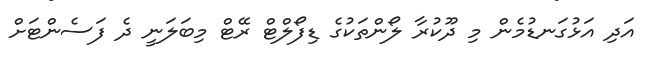
އަދި އަޅުގަނޑުމެން މި ދޫކުރާ ލޯންތަކުގެ ޑިފޯލްޓް ރޭޓް މިބަލަނީ ދެ ފަސެންޓަށް